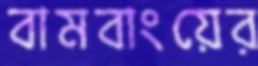
বামবাংয়ের